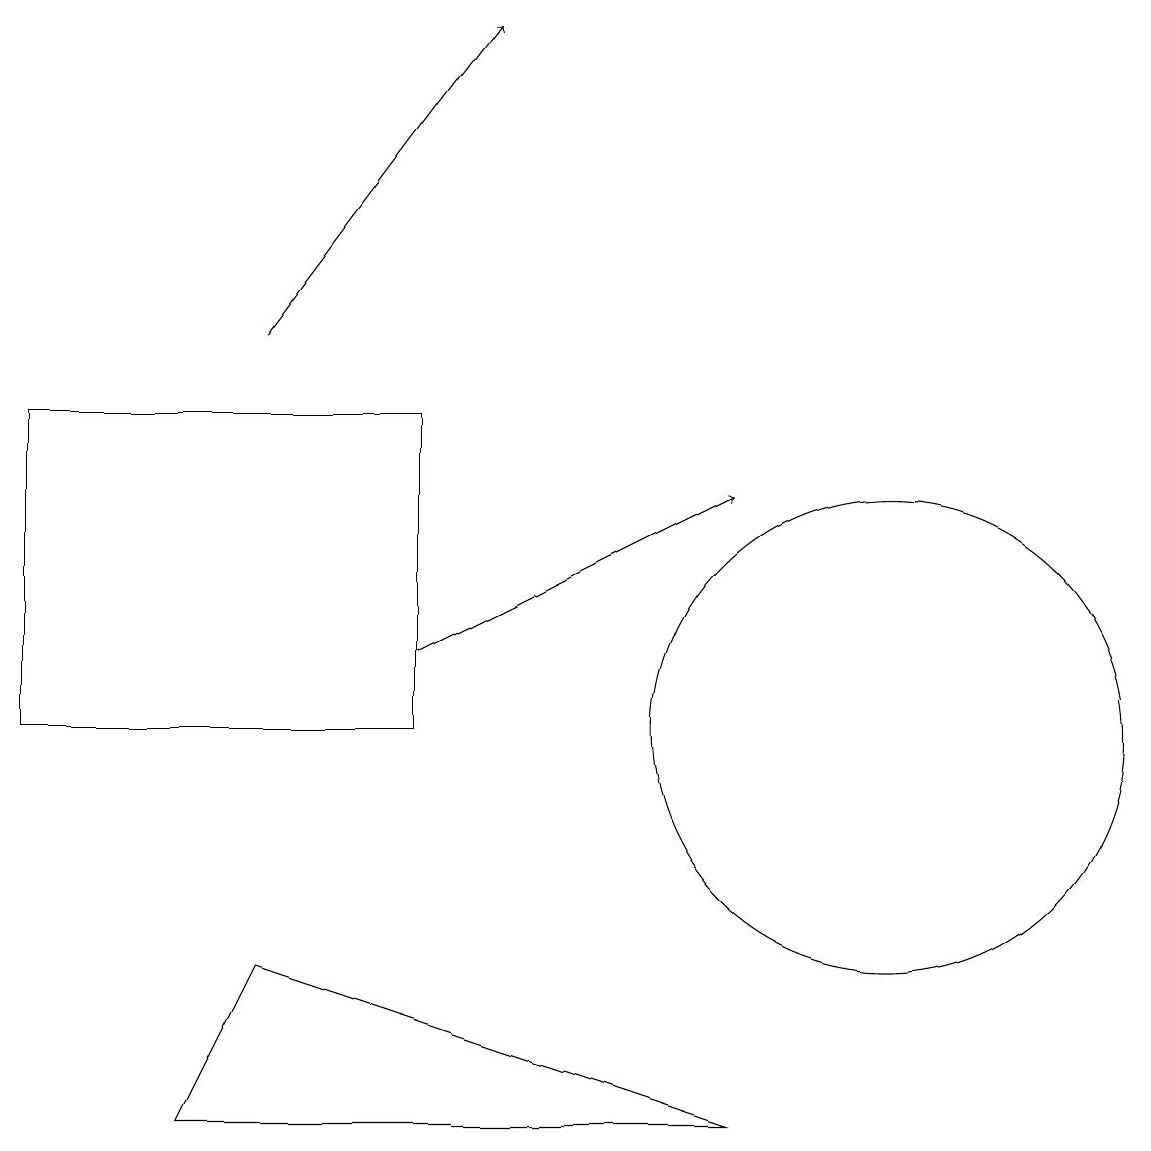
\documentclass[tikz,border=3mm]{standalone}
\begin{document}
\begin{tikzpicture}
\draw (11,10) circle (3);
\draw[->] (3,15) -- (6,19);
\draw (0,14) rectangle (5,10);
\draw[->] (5,11) -- (9,13);
\draw (3,7) -- (9,5) -- (2,5) -- cycle;
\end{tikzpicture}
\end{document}